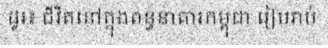
ដូរ៖ ជីវិតនៅក្នុងពន្ធនាគារកម្ពុជា រៀបរាប់